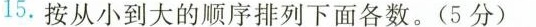
15.按从小到大的顺序排列下面各数。(5分)